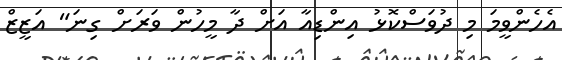
އެހެންވީމަ މި ދުވަސްކޮޅު އިންޑިއާ އަށް ދާ މީހުން ވަރަށް ގިނަ" އަޒީޒް